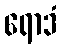
ရောဒံ